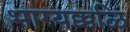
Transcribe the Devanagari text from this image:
भाग्यक्कळि